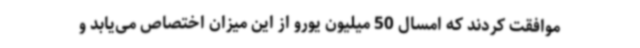
موافقت کردند که امسال 50 میلیون یورو از این میزان اختصاص می‌یابد و